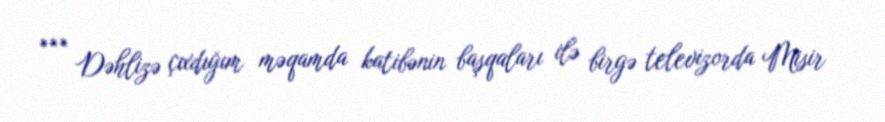
*** Dəhlizə çıxdığım məqamda katibənin başqaları ilə birgə televizorda Misir